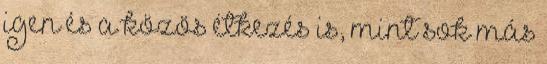
igen és a közös étkezés is, mint sok más